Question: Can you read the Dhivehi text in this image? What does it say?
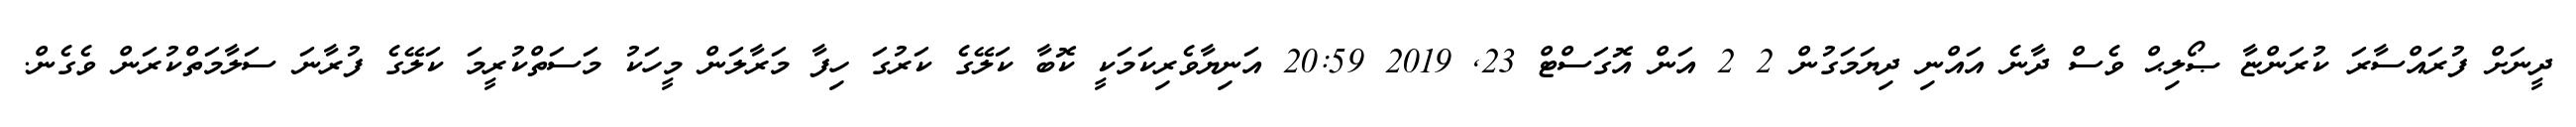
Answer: ދީނަށް ފުރައްސާރަ ކުރަންޏާ ޞޯލިޙް ވެސް ދާނެ އައްނި ދިޔަމަގުން 2 2 އަން އޮގަސްޓް 23, 2019 20:59 އަނިޔާވެރިކަމަކީ ކޮބާ ކަލޭގެ ކަރުގަ ހިފާ މަރާލަން މީހަކު މަސަތްކުރީމަ ކަލޭގެ ފުރާނަ ސަލާމަތްކުރަން ވެގެން.